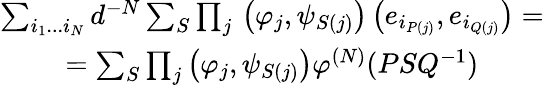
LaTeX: \begin{array}{c}{{\sum_{i_{1}...i_{N}}d^{-N}\sum_{S}\prod_{j}{}\left(\varphi_{j},\psi_{S(j)}\right)\left(e_{i_{P(j)}},e_{i_{Q(j)}}\right)=}}\\ {{=\sum_{S}\prod_{j}\left(\varphi_{j},\psi_{S(j)}\right)\varphi^{\left(N\right)}(PSQ^{-1})}}\end{array}